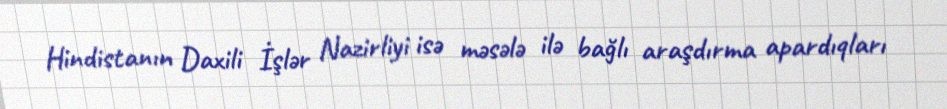
Hindistanın Daxili İşlər Nazirliyi isə məsələ ilə bağlı araşdırma apardıqları